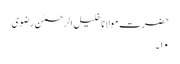
حضرت مولانا خلیل الرحمٰن رضوی
۱۰۔